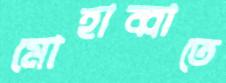
মোহাব্বাতে